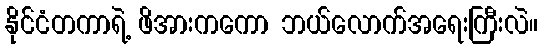
နိုင်ငံတကာရဲ့ ဖိအားကကော ဘယ်လောက်အရေးကြီးလဲ။